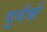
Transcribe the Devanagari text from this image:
दुर्दर्श